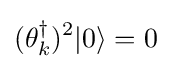
(\theta _{k}^{\dagger })^{2}|0\rangle =0